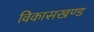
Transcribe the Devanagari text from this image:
विकासखण्‍ड